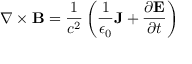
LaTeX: \nabla \times \mathbf { B } = { \frac { 1 } { c ^ { 2 } } } \left( { \frac { 1 } { \epsilon _ { 0 } } } \mathbf { J } + { \frac { \partial \mathbf { E } } { \partial t } } \right)